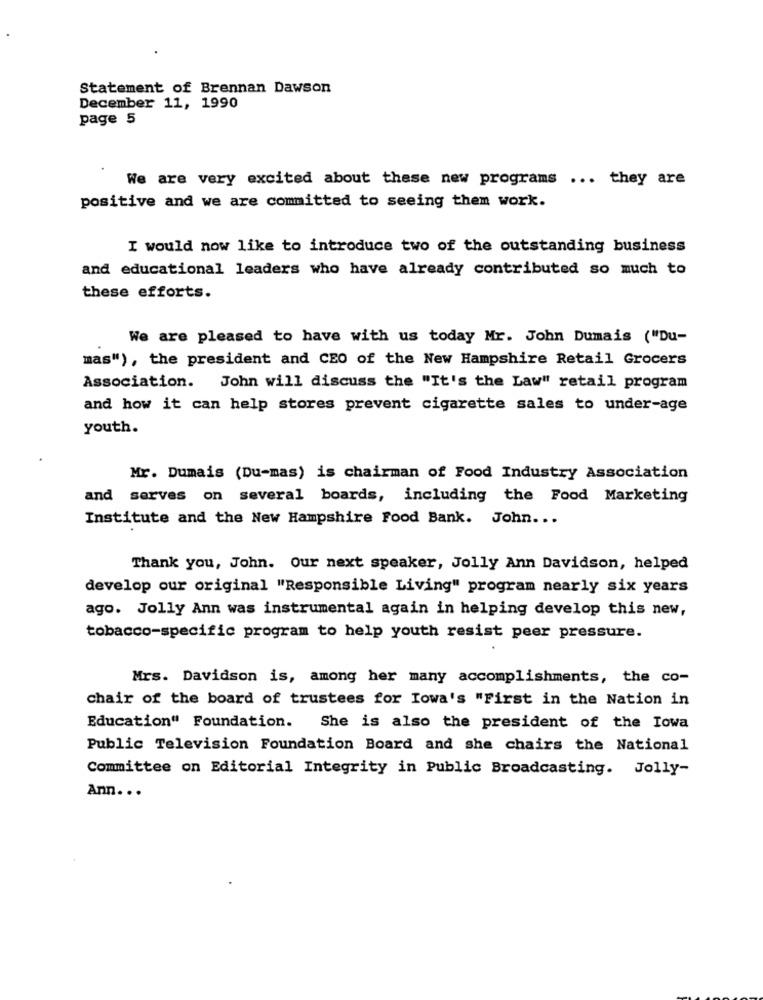
Statement of Brennan Dawson
December 11, 1990
page 5
We are very excited about these new programs ... they are
positive and we are committed to seeing them work.
I would now like to introduce two of the outstanding business
and educational leaders who have already contributed so much to
these efforts.
We are pleased to have with us today Mr. John Dumais ("Du-
mas"), the president and CEO of the New Hampshire Retail Grocers
Association.
John will discuss the "It's the Law" retail program
and how it can help stores prevent cigarette sales to under-age
youth.
Mr. Dumais (Du-mas) is chairman of Food Industry Association
and serves on several boards, including the Food Marketing
Institute and the New Hampshire Food Bank. John ...
Thank you, John. Our next speaker, Jolly Ann Davidson, helped
develop our original "Responsible Living" program nearly six years
ago. Jolly Ann was instrumental again in helping develop this new,
tobacco-specific program to help youth resist peer pressure.
Mrs. Davidson is, among her many accomplishments, the co-
chair of the board of trustees for Iowa's "First in the Nation in
Education" Foundation.
She is also the president of the Iowa
Public Television Foundation Board and she chairs the National
Committee on Editorial Integrity in Public Broadcasting. Jolly-
Ann. ..